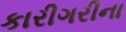
કારીગરીના